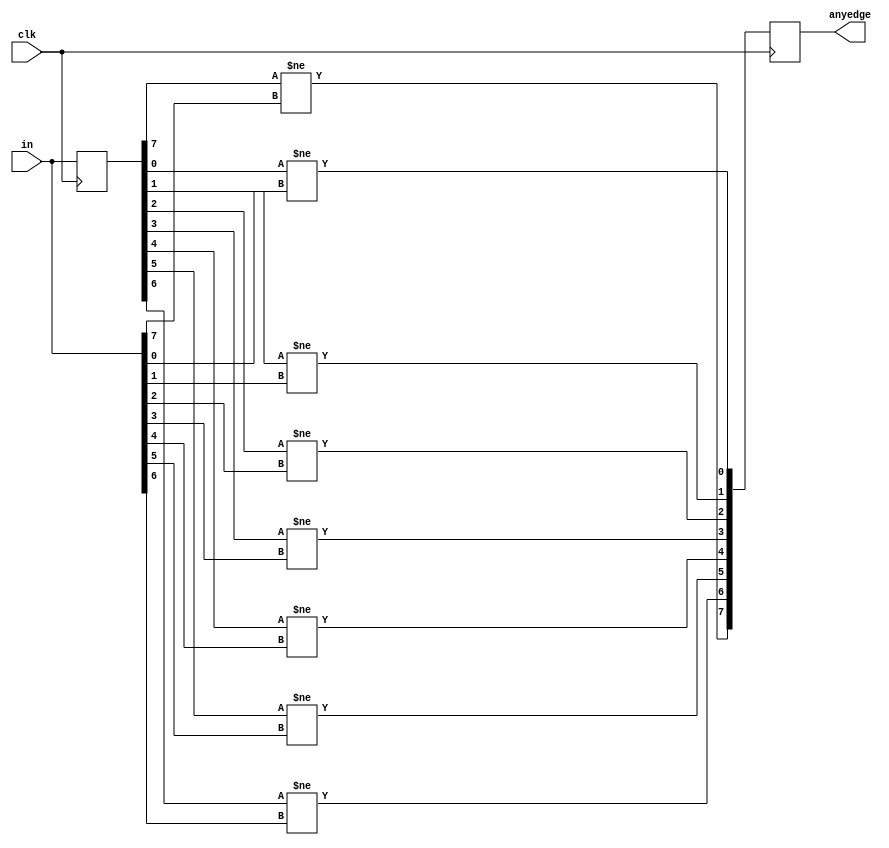
//For each bit in an 8-bit vector, detect when the input signal changes from one clock cycle to the next (detect any edge).
//The output bit should be set the cycle after a 0 to 1 transition occurs.

module top_module (
    input clk,
    input [7:0] in,
    output reg [7:0] anyedge
);

    integer i;
    reg [7:0] q;
    
    always @(posedge clk) begin
        q <= in;

        for (i = 0; i < 8; i++) begin
            anyedge[i] <= (q[i] != in[i]);
        end
    end
    
endmodule